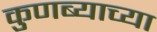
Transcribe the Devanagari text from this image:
कुणब्याच्या